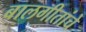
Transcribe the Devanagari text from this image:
बालगीतांचे